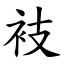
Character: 衼